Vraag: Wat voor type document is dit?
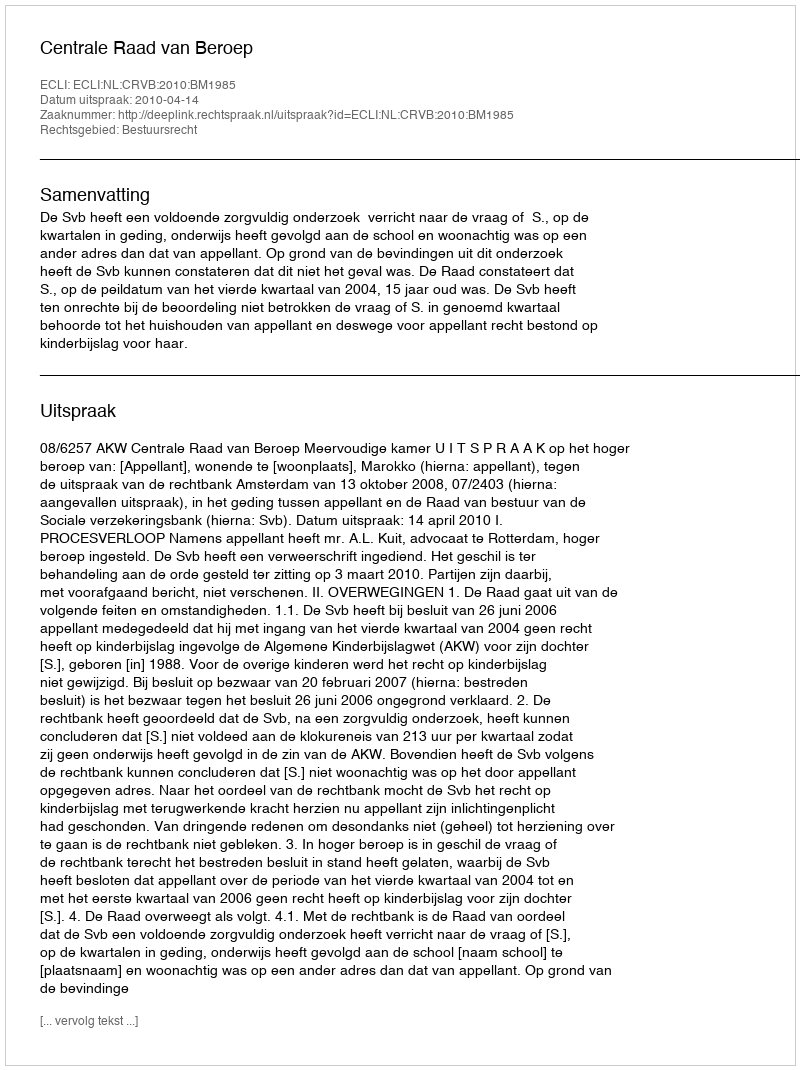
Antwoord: Uitspraak